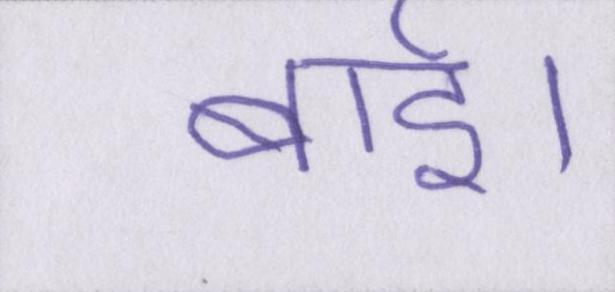
बाई।